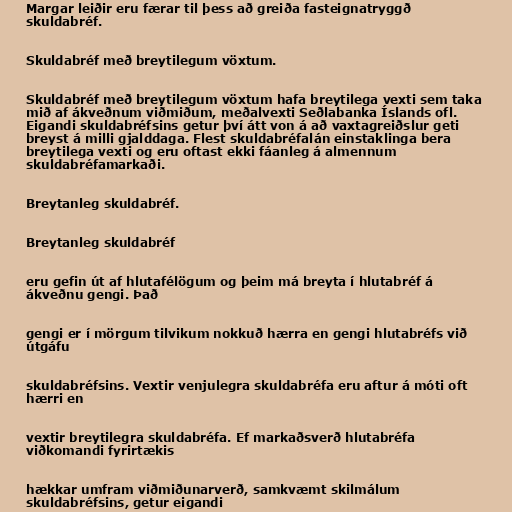
Margar leiðir eru færar til þess að greiða fasteignatryggð
skuldabréf.

Skuldabréf með breytilegum vöxtum.

Skuldabréf með breytilegum vöxtum hafa breytilega vexti sem taka
mið af ákveðnum viðmiðum, meðalvexti Seðlabanka Íslands ofl.
Eigandi skuldabréfsins getur því átt von á að vaxtagreiðslur geti
breyst á milli gjalddaga. Flest skuldabréfalán einstaklinga bera
breytilega vexti og eru oftast ekki fáanleg á almennum
skuldabréfamarkaði.

Breytanleg skuldabréf.

Breytanleg skuldabréf

eru gefin út af hlutafélögum og þeim má breyta í hlutabréf á
ákveðnu gengi. Það

gengi er í mörgum tilvikum nokkuð hærra en gengi hlutabréfs við
útgáfu

skuldabréfsins. Vextir venjulegra skuldabréfa eru aftur á móti oft
hærri en

vextir breytilegra skuldabréfa. Ef markaðsverð hlutabréfa
viðkomandi fyrirtækis

hækkar umfram viðmiðunarverð, samkvæmt skilmálum
skuldabréfsins, getur eigandi